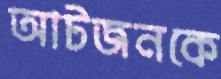
আটজনকে